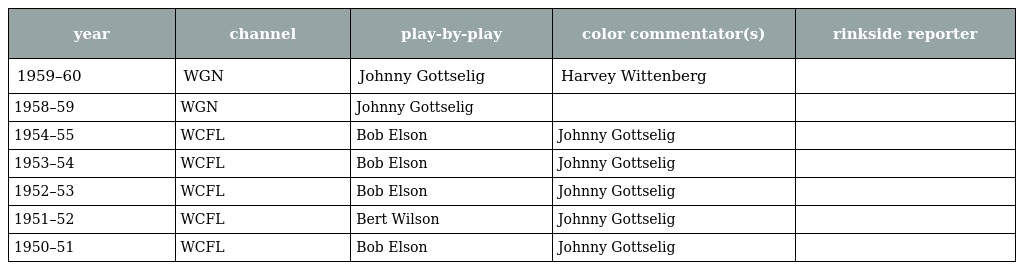
| year | channel | play-by-play | color commentator(s) | rinkside reporter |
 | --- | --- | --- | --- | --- |
 | 1959–60 | WGN | Johnny Gottselig | Harvey Wittenberg |  |
 | 1958–59 | WGN | Johnny Gottselig |  |  |
 | 1954–55 | WCFL | Bob Elson | Johnny Gottselig |  |
 | 1953–54 | WCFL | Bob Elson | Johnny Gottselig |  |
 | 1952–53 | WCFL | Bob Elson | Johnny Gottselig |  |
 | 1951–52 | WCFL | Bert Wilson | Johnny Gottselig |  |
 | 1950–51 | WCFL | Bob Elson | Johnny Gottselig |  |